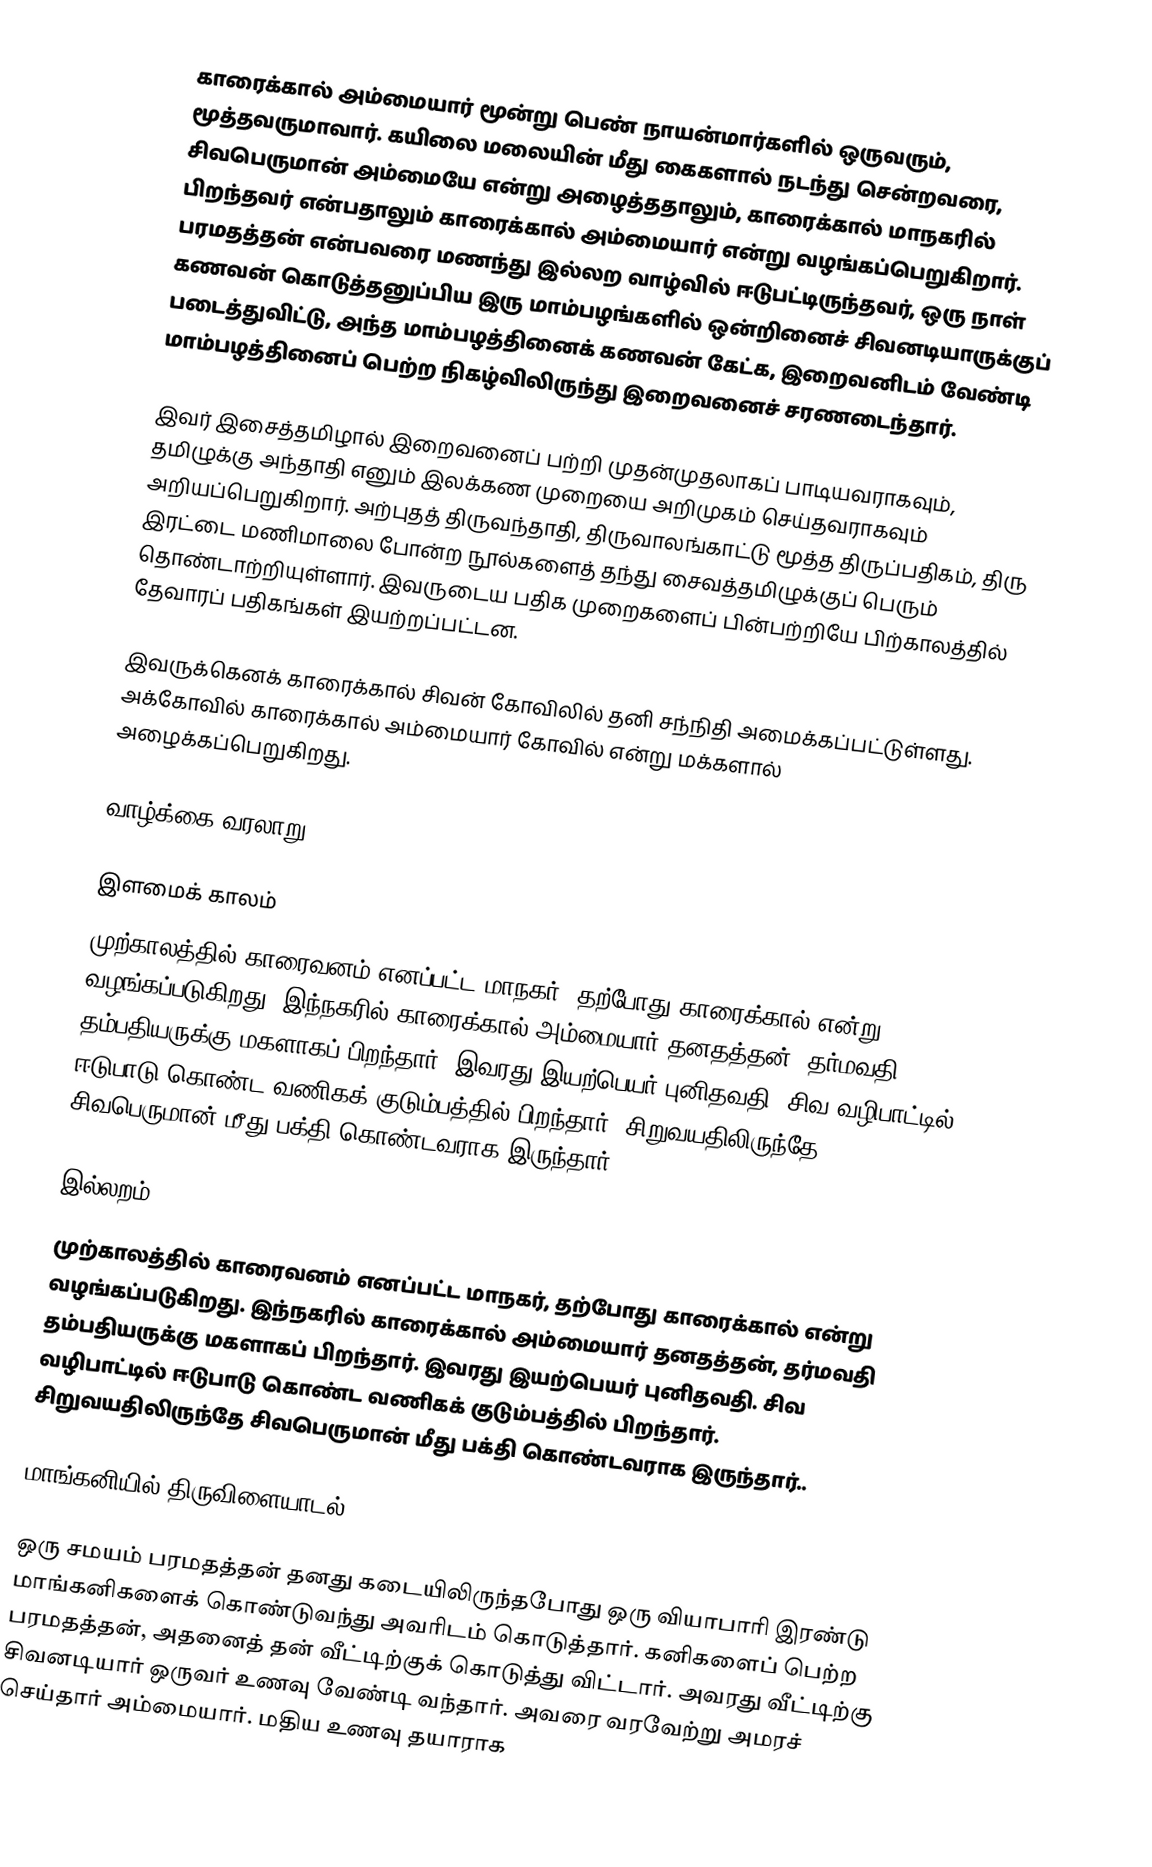
காரைக்கால் அம்மையார் மூன்று பெண் நாயன்மார்களில் ஒருவரும், மூத்தவருமாவார். கயிலை மலையின் மீது கைகளால் நடந்து சென்றவரை, சிவபெருமான் அம்மையே என்று அழைத்ததாலும், காரைக்கால் மாநகரில் பிறந்தவர் என்பதாலும் காரைக்கால் அம்மையார் என்று வழங்கப்பெறுகிறார். பரமதத்தன் என்பவரை மணந்து இல்லற வாழ்வில் ஈடுபட்டிருந்தவர், ஒரு நாள் கணவன் கொடுத்தனுப்பிய  இரு மாம்பழங்களில் ஒன்றினைச் சிவனடியாருக்குப் படைத்துவிட்டு, அந்த மாம்பழத்தினைக் கணவன் கேட்க, இறைவனிடம் வேண்டி மாம்பழத்தினைப் பெற்ற நிகழ்விலிருந்து இறைவனைச் சரணடைந்தார்.

இவர் இசைத்தமிழால் இறைவனைப் பற்றி முதன்முதலாகப் பாடியவராகவும், தமிழுக்கு அந்தாதி எனும் இலக்கண முறையை அறிமுகம் செய்தவராகவும் அறியப்பெறுகிறார். அற்புதத் திருவந்தாதி, திருவாலங்காட்டு மூத்த திருப்பதிகம், திரு இரட்டை மணிமாலை போன்ற நூல்களைத் தந்து சைவத்தமிழுக்குப் பெரும் தொண்டாற்றியுள்ளார். இவருடைய பதிக முறைகளைப் பின்பற்றியே பிற்காலத்தில் தேவாரப் பதிகங்கள் இயற்றப்பட்டன.

இவருக்கெனக் காரைக்கால் சிவன் கோவிலில் தனி சந்நிதி அமைக்கப்பட்டுள்ளது. அக்கோவில் காரைக்கால் அம்மையார் கோவில் என்று மக்களால் அழைக்கப்பெறுகிறது.

வாழ்க்கை வரலாறு

இளமைக் காலம்
முற்காலத்தில் காரைவனம் எனப்பட்ட மாநகர், தற்போது காரைக்கால் என்று வழங்கப்படுகிறது. இந்நகரில் காரைக்கால் அம்மையார் தனதத்தன், தர்மவதி தம்பதியருக்கு மகளாகப் பிறந்தார். இவரது இயற்பெயர் புனிதவதி. சிவ வழிபாட்டில் ஈடுபாடு கொண்ட வணிகக் குடும்பத்தில் பிறந்தார். சிறுவயதிலிருந்தே சிவபெருமான் மீது பக்தி கொண்டவராக இருந்தார்.

இல்லறம்
முற்காலத்தில் காரைவனம் எனப்பட்ட மாநகர், தற்போது காரைக்கால் என்று வழங்கப்படுகிறது. இந்நகரில் காரைக்கால் அம்மையார் தனதத்தன், தர்மவதி தம்பதியருக்கு மகளாகப் பிறந்தார். இவரது இயற்பெயர் புனிதவதி. சிவ வழிபாட்டில் ஈடுபாடு கொண்ட வணிகக் குடும்பத்தில் பிறந்தார். சிறுவயதிலிருந்தே சிவபெருமான் மீது பக்தி கொண்டவராக இருந்தார்..

மாங்கனியில் திருவிளையாடல்

ஒரு சமயம் பரமதத்தன் தனது கடையிலிருந்தபோது ஒரு வியாபாரி இரண்டு மாங்கனிகளைக் கொண்டுவந்து அவரிடம் கொடுத்தார். கனிகளைப் பெற்ற பரமதத்தன், அதனைத் தன் வீட்டிற்குக் கொடுத்து விட்டார். அவரது வீட்டிற்கு சிவனடியார் ஒருவர் உணவு வேண்டி வந்தார். அவரை வரவேற்று அமரச் செய்தார் அம்மையார். மதிய உணவு தயாராக